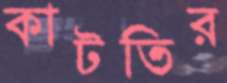
কাটতির